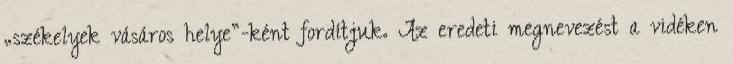
„székelyek vásáros helye”-ként fordítjuk. Az eredeti megnevezést a vidéken